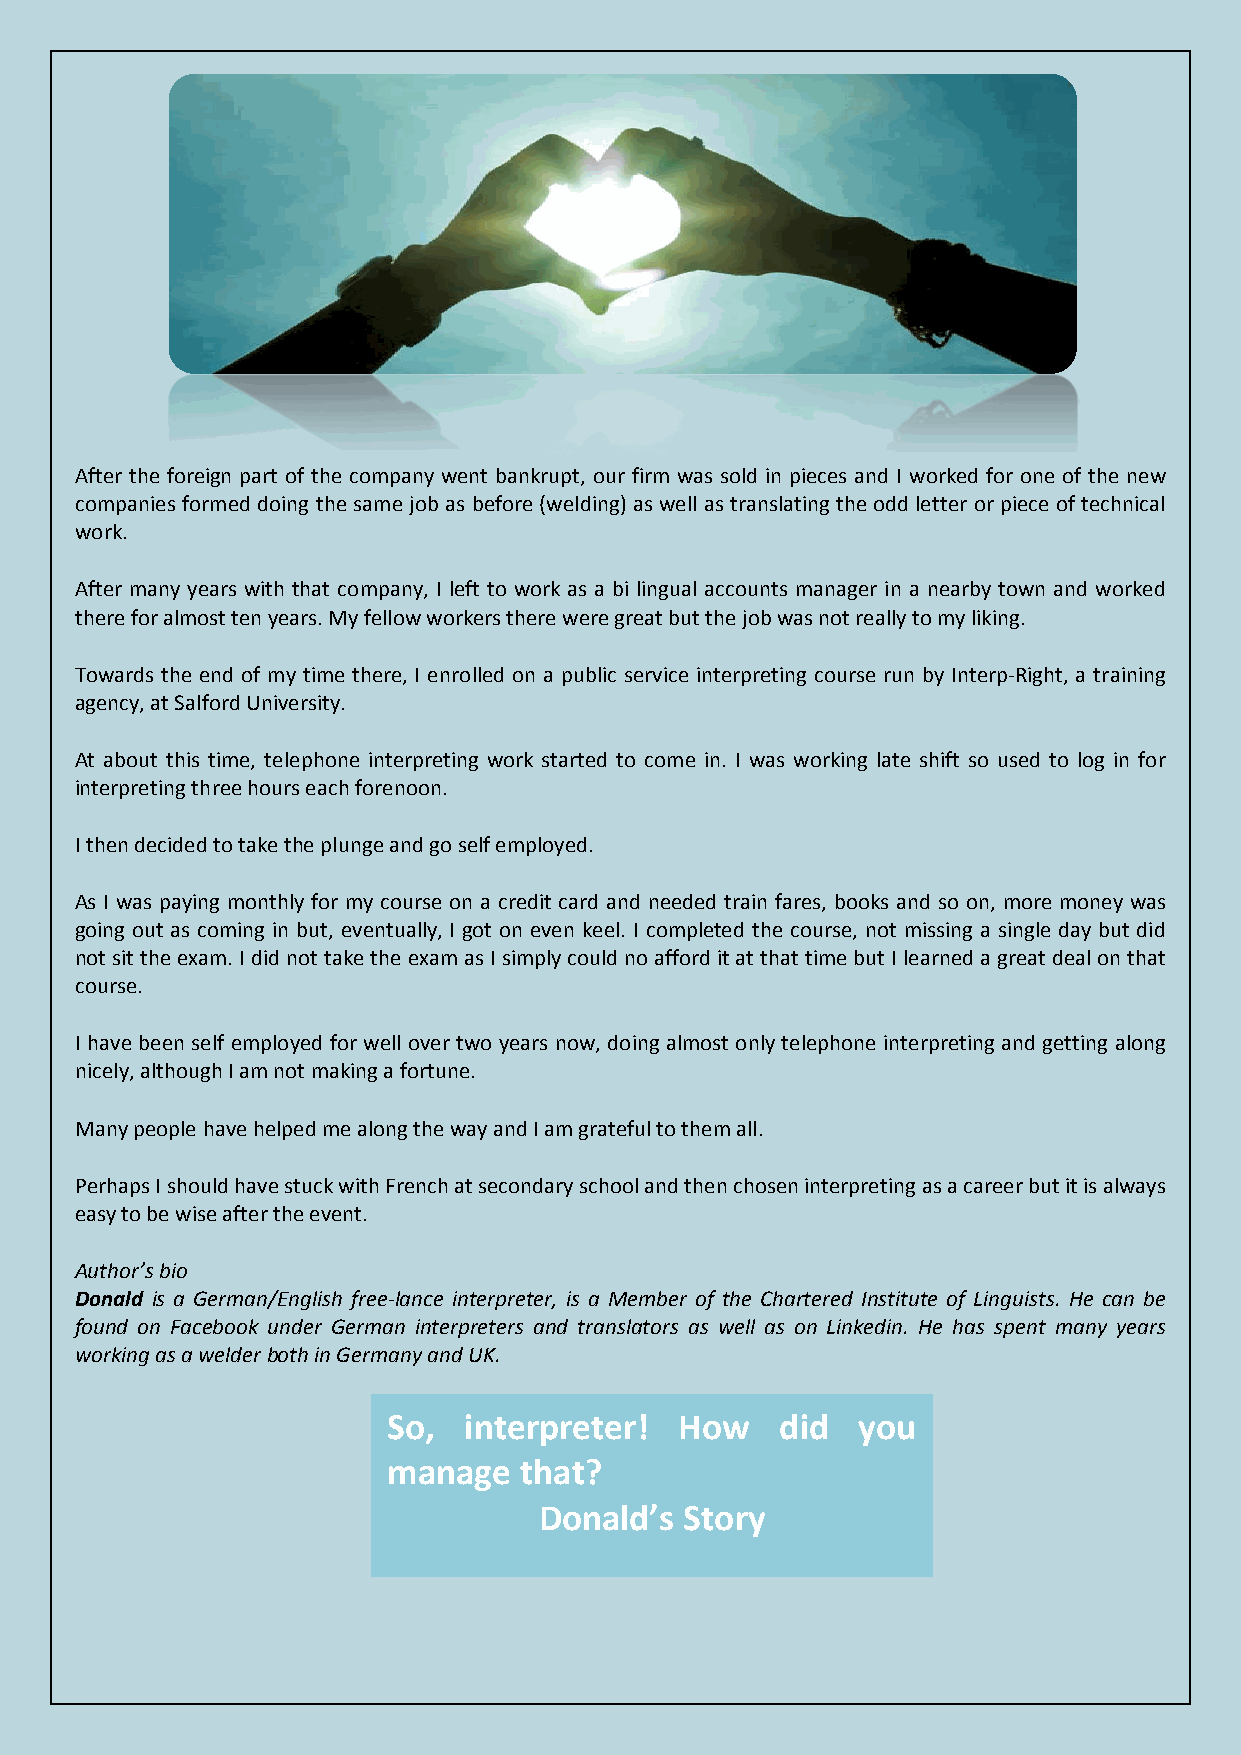
After the foreign part of the company went bankrupt, our firm was sold in pieces and I worked for one of the new
 companies formed doing the same job as before (welding) as well as translating the odd letter or piece of technical
 work.
 After many years with that company, I left to work as a bi lingual accounts manager in a nearby town and worked
 there for almost ten years. My fellow workers there were great but the job was not really to my liking.
 Towards the end of my time there, I enrolled on a public service interpreting course run by Interp-Right, a training
 agency, at Salford University.
 At about this time, telephone interpreting work started to come in. I was working late shift so used to log in for
 interpreting three hours each forenoon.
 I then decided to take the plunge and go self employed.
 As I was paying monthly for my course on a credit card and needed train fares, books and so on, more money was
 going out as coming in but, eventually, I got on even keel. I completed the course, not missing a single day but did
 not sit the exam. I did not take the exam as I simply could no afford it at that time but I learned a great deal on that
 course.
 I have been self employed for well over two years now, doing almost only telephone interpreting and getting along
 nicely, although I am not making a fortune.
 Many people have helped me along the way and I am grateful to them all.
 Perhaps I should have stuck with French at secondary school and then chosen interpreting as a career but it is always
 easy to be wise after the event.
 Author’s bio
 Donald is a German/English free-lance interpreter, is a Member of the Chartered Institute of Linguists. He can be
 found on Facebook under German interpreters and translators as well as on Linkedin. He has spent many years
 working as a welder both in Germany and UK.
 So,  interpreter!  How    did  you
 manage  that?
 Donald’s Story